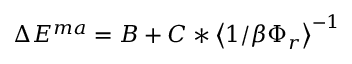
\Delta E ^ { m a } = B + C * \big < 1 / \beta \Phi _ { r } \big > ^ { - 1 }